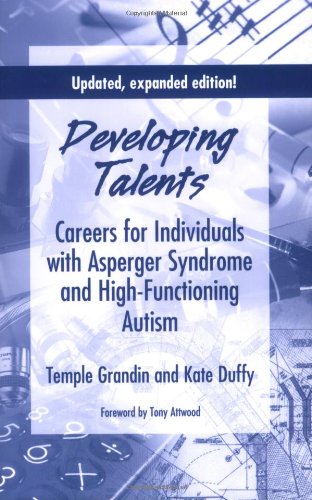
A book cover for Developing Talents: Careers For Individuals With Asperger Syndrome And High-functioning Autism- Updated, Expanded Edition; Temple Grandin; Test Preparation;